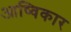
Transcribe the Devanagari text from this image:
आष्विकार